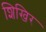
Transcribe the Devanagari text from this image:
शिखिर